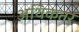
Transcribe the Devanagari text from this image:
अथिकतर